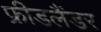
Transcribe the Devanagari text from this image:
फ्रीडलैंडर